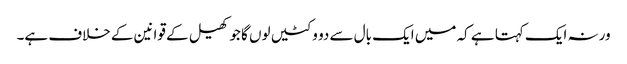
ورنہ ایک کہتا ہے کہ میں ایک بال سے دو وکٹیں لوں گا جو کھیل کے قوانین کے خلاف ہے۔